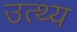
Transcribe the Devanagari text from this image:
उत्थ्य